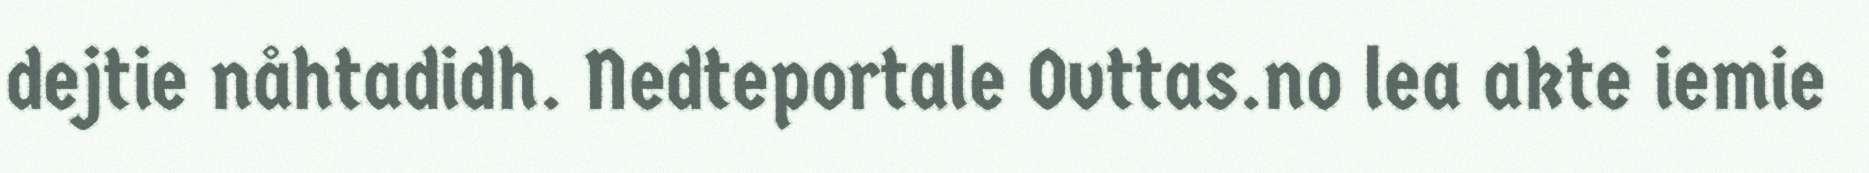
dejtie nåhtadidh. Nedteportale Ovttas.no lea akte iemie